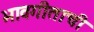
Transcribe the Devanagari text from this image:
भावगीताची